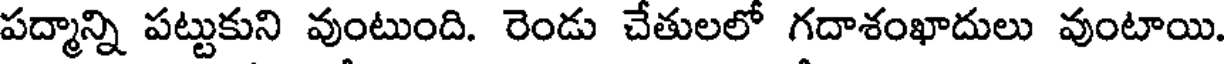
పద్మాన్ని పట్టుకుని వుంటుంది. రెండు చేతులలో గదాశంఖాదులు వుంటాయి.